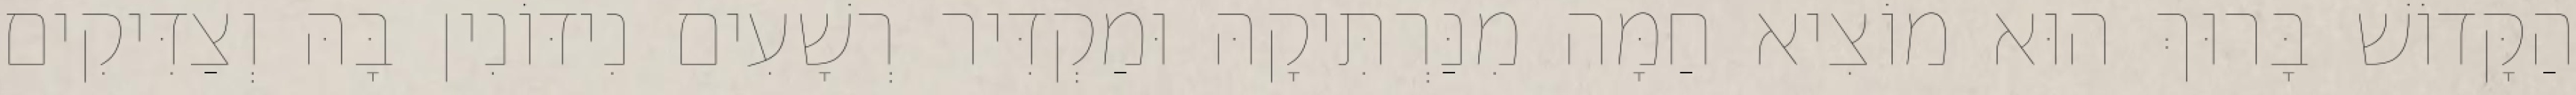
הַקָּדוֹשׁ בָּרוּךְ הוּא מוֹצִיא חַמָּה מִנַּרְתִּיקָהּ וּמַקְדִּיר רְשָׁעִים נִידּוֹנִין בָּהּ וְצַדִּיקִים